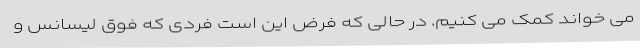
می خواند کمک می کنیم. در حالی که فرض این است فردی که فوق لیسانس و